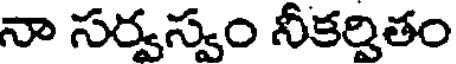
నా సర్వస్వం నీకర్పితం